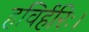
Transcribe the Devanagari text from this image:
हविर्हरिः।